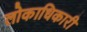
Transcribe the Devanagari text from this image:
लोकाधिकारी